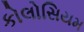
કોલોસિયમ